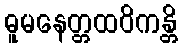
ဓူမနေတ္တထဝိကန္တိ